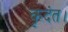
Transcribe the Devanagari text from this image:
कृदंत।